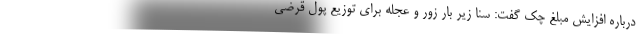
درباره افزایش مبلغ چک گفت: سنا زیر بار زور و عجله برای توزیع پول قرضی